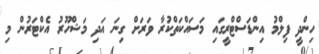
ހިންދީ ފިލްމު އިންޑަސްޓްރީގައި މަސައްކަތްކުރާ ވަރަށް ގިނަ އަދި މަޝްހޫރު އެކްޓަރުން މި